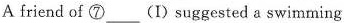
A friend of ⑦___(I)suggested a swimming